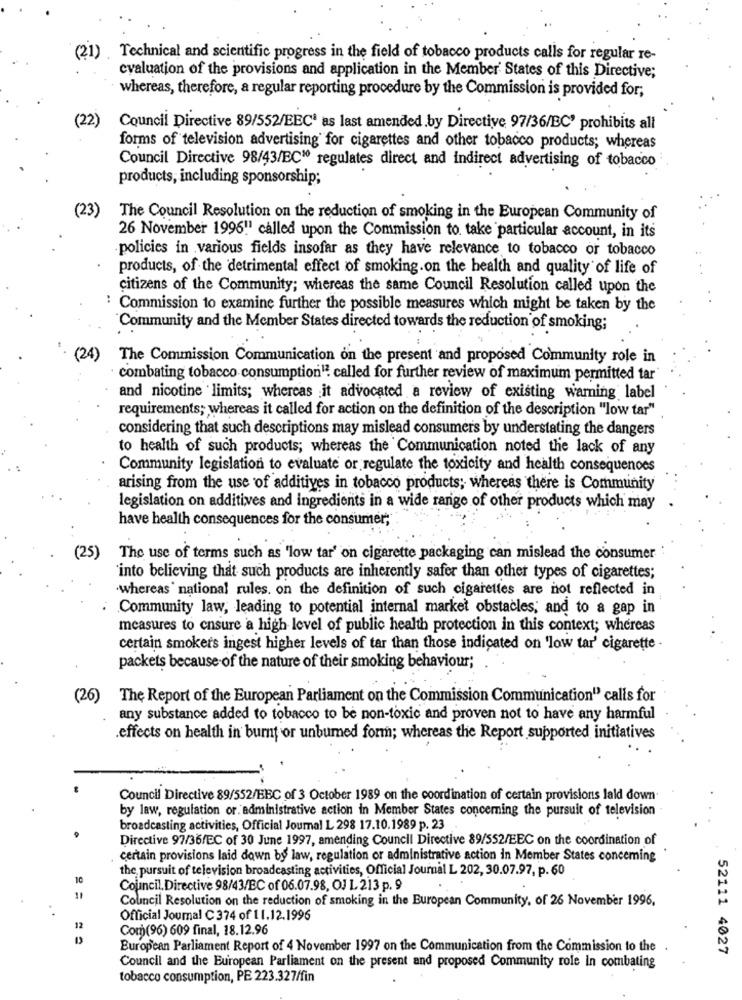
(21).
Technical and scientific progress in the field of tobacco products calls for regular re-
evaluation of the provisions and application in the Member States of this Directive;
whereas, therefore, a regular reporting procedure by the Commission is provided for;
(22)
Council Directive 89/552/EECª as last amended.by Directive 97/36/BC' prohibits all
forms of television advertising for cigarettes and other tobacco products; whereas
Council Directive 98/43/EC1º regulates direct and indirect advertising of tobacco
products, including sponsorship;
(23)
The Council Resolution on the reduction of smoking in the European Community of
26 November 199611 called upon the Commission to take particular account, in its
policies in various fields insofar as they have relevance to tobacco or tobacco
products, of the detrimental effect of smoking.on the health and quality of life of
citizens of the Community; whereas the same Council Resolution called upon the
: Commission to examine further the possible measures which might be taken by the
Community and the Member States directed towards the reduction of smoking;
(24)
The Commission Communication on the present and proposed Community role in
combating tobacco consumption1? called for further review of maximum permitted tar
and nicotine limits; whereas it advocated a review of existing warning label
requirements; whereas it called for action on the definition of the description "low tar"
considering that such descriptions may mislead consumers by understating the dangers
to health of such products; whereas the Communication noted the lack of any
Community legislation to evaluate or regulate the toxicity and health consequences
arising from the use of additives in tobacco products; whereas there is Community
legislation on additives and ingredients in a wide range of other products which may
have health consequences for the consumer;
(25)
The use of terms such as 'low tar' on cigarette packaging can mislead the consumer
into believing that such products are inherently safer than other types of cigarettes;
.whereas' national rules. on the definition of such cigarettes are not reflected in
Community law, leading to potential internal market obstacles, and to a gap in
measures to ensure a high level of public health protection in this context; whereas
certain smokers ingest higher levels of tar than those indicated on 'low tar' cigarette -
packets because of the nature of their smoking behaviour;
(26)
The Report of the European Parliament on the Commission Communication" calls for
any substance added to tobacco to be non-toxic and proven not to have any harmful
.effects on health in burnt or unbumed form; whereas the Report supported initiatives
Council Directive 89/552/BBC of 3 October 1989 on the coordination of certain provisions lald down
by law, regulation or. administrative action in Member States concerning the pursuit of television
broadcasting activities, Official Journal L 298 17.10.1989 p. 23
Directive 97/36/EC of 30 June 1997, amending Council Directive 89/552/EEC on the coordination of
certain provisions laid down by law, regulation or administrative action in Member States conceming
the pursuit of television broadcasting activities, Official Journal L 202, 30.07.97, p. 60
10
Council. Directive 98/43/EC of 06.07.98, OJ L 213 p. 9
Council Resolution on the reduction of smoking in the European Community, of 26 November 1996,
Official Journal C 374 of 11.12.1996
12
Com(96) 609 final, 18.12.96
European Parliament Report of 4 November 1997 on the Communication from the Commission to the
52111 4027
Council and the European Parliament on the present and proposed Community role in combating
tobacco consumption, PE 223.327/fin